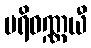
ပရိဝဏ္ဏယီ